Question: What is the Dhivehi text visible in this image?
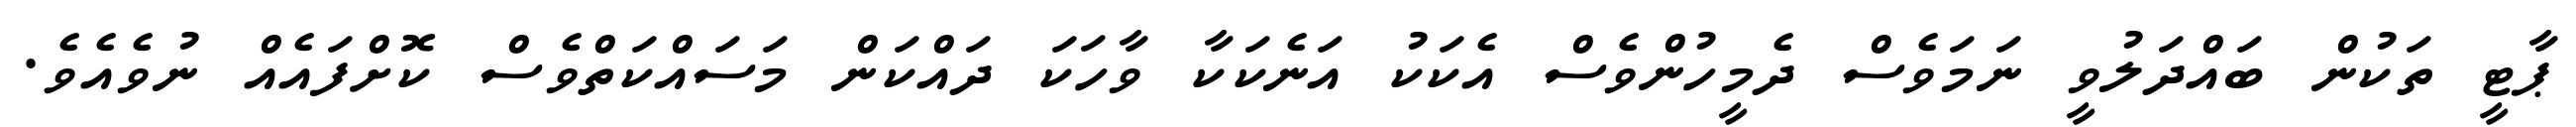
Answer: ޕާޓީ ތަކުން ބައްދަލުވީ ނަމަވެސް ދެމީހުންވެސް އެކަކު އަނެކަކާ ވާހަކަ ދައްކަން މަސައްކަތްވެސް ކޮށްފައެއް ނުވެއެވެ.